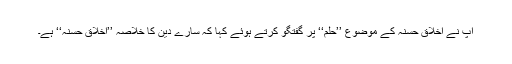
آپ نے اخلاق حسنہ کے موضوع ’’حلم‘‘ پر گفتگو کرتے ہوئے کہا کہ سارے دین کا خلاصہ ’’اخلاق حسنہ‘‘ ہے۔